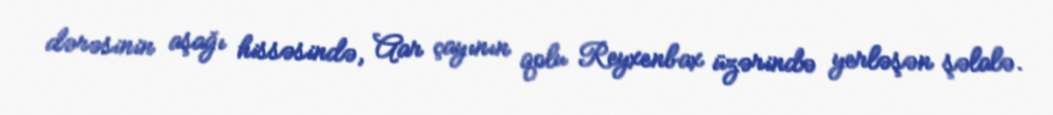
dərəsinin aşağı hissəsində, Aar çayının qolu Reyxenbax üzərində yerləşən şəlalə.